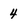
Character: 4